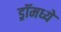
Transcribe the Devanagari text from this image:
ड्रॉमध्ये